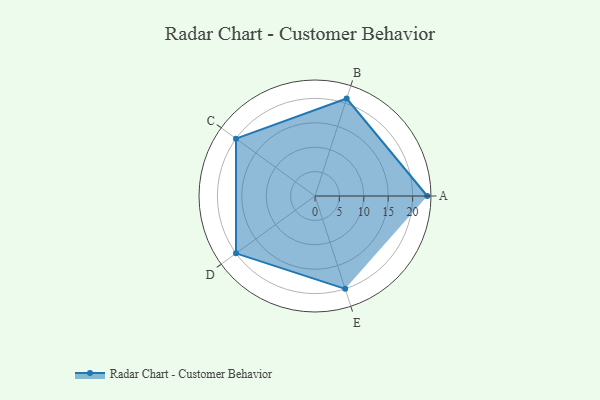
{"axis": {"x": "Skill", "y": "Score"}, "legend": ["Profile"], "data": [{"x": "A", "y": 23.0, "type": "Profile"}, {"x": "B", "y": 21.0, "type": "Profile"}, {"x": "C", "y": 20, "type": "Profile"}, {"x": "D", "y": 20, "type": "Profile"}, {"x": "E", "y": 20, "type": "Profile"}]}